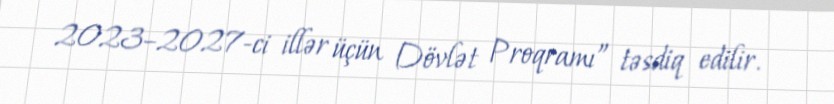
2023–2027-ci illər üçün Dövlət Proqramı” təsdiq edilir.